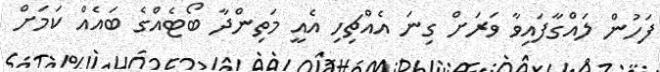
ފަހުން ލައްގާފައިވާ ވަރަށް ގިނަ އެއްޗިހި އެއީ މަތިންދާ ބޯޓެއްގެ ބައެއް ކަމަށް